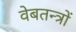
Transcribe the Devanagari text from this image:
वेबतन्त्रों